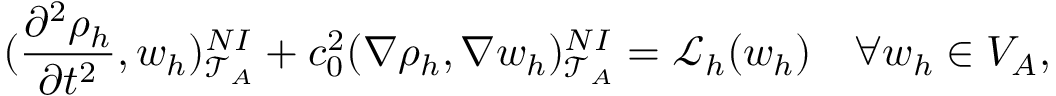
( \frac { \partial ^ { 2 } \rho _ { h } } { \partial t ^ { 2 } } , w _ { h } ) _ { \mathcal { T } _ { A } } ^ { N I } + c _ { 0 } ^ { 2 } ( \nabla \rho _ { h } , \nabla w _ { h } ) _ { \mathcal { T } _ { A } } ^ { N I } = \mathcal { L } _ { h } ( w _ { h } ) \quad \forall w _ { h } \in V _ { A } ,